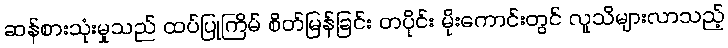
ဆန်စားသုံးမှုသည် ထပ်ပြုကြိမ် စိတ်မြန်ခြင်း တပိုင်း မိုးကောင်းတွင် လူသိများလာသည့်